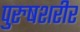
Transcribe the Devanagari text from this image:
पुरुषशरीर